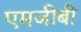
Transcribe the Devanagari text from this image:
एमजीबी